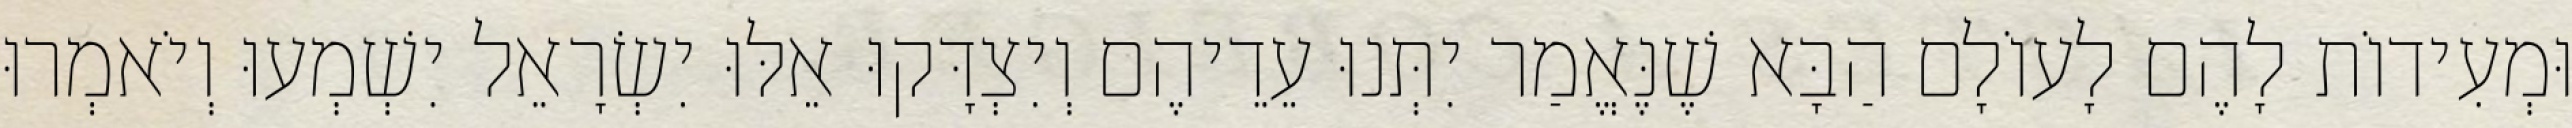
וּמְעִידוֹת לָהֶם לָעוֹלָם הַבָּא שֶׁנֶּאֱמַר יִתְּנוּ עֵדֵיהֶם וְיִצְדָּקוּ אֵלּוּ יִשְׂרָאֵל יִשְׁמְעוּ וְיֹאמְרוּ